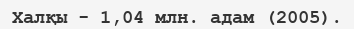
Халқы - 1,04 млн. адам (2005).